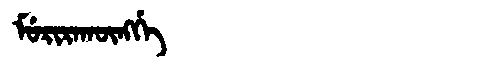
Manchu: ᠮᡠᡵᡳᡵᠠᡴᡡᠩᡤᡝ
Romanization: MURIRAKŪNGGE